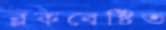
ব্লকবেষ্টিত